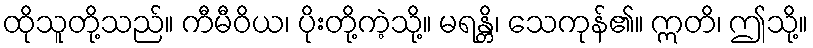
ထိုသူတို့သည်။ ကီမီဝိယ၊ ပိုးတို့ကဲ့သို့။ မရန္တိ၊ သေကုန်၏။ ဣတိ၊ ဤသို့။